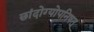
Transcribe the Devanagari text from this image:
छांदोग्योपनिषत्